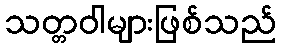
သတ္တဝါများဖြစ်သည်